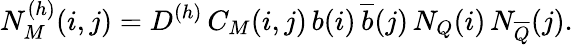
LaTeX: N_{M}^{(h)}(i,j)=D^{(h)}\, C_{M}(i,j)\, b(i)\, {\overline{{b}}}(j)\, N_{Q}(i)\, N_{\overline{{Q}}}(j).\,